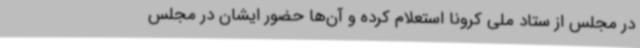
در مجلس از ستاد ملی کرونا استعلام کرده و آن‌ها حضور ایشان در مجلس